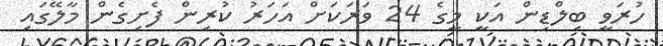
ހުރަވީ ބިލްޑިން އަކީ މީގެ 24 ވަރަކަށް އަހަރު ކުރިން ފެށިގެން މާލޭގައި